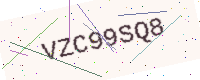
Text: VZC99SQ8